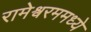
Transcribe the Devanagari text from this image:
रामेश्वरममध्ये